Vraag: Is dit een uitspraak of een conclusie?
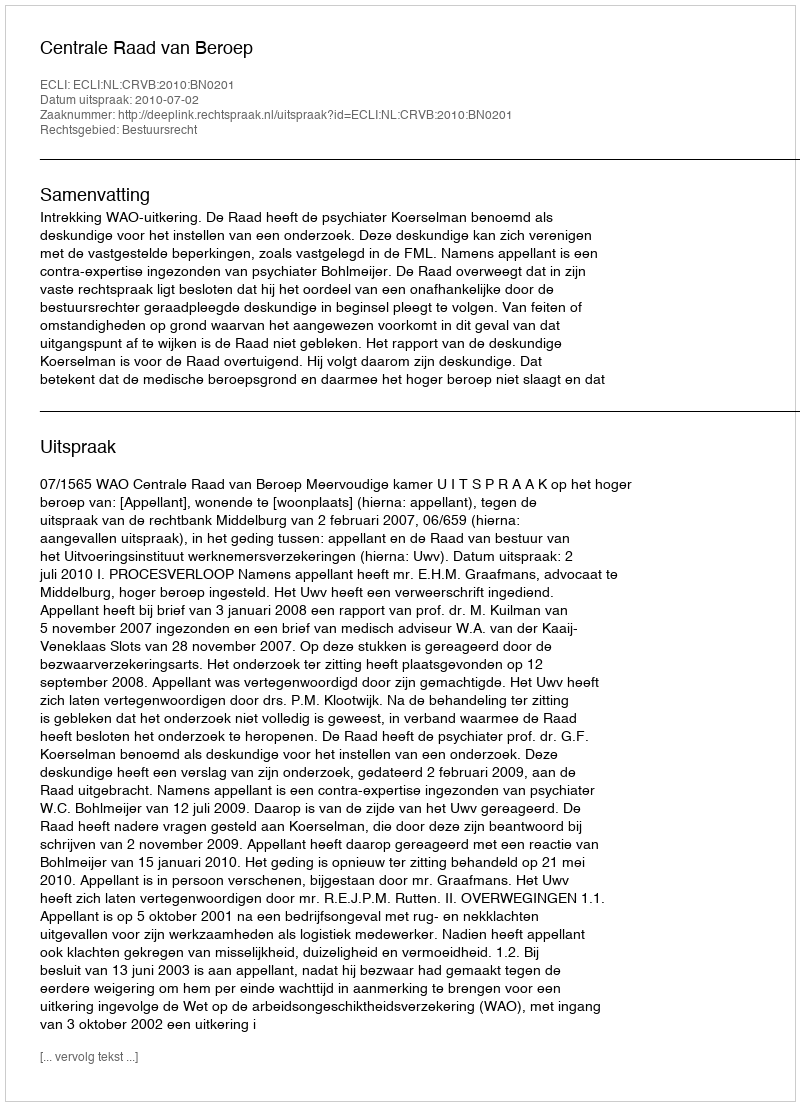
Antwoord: Uitspraak